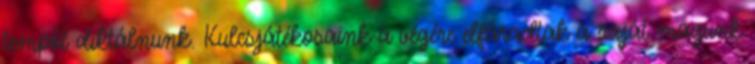
tempót diktálnunk. Kulcsjátékosaink a végére elfáradtak a saját magunk